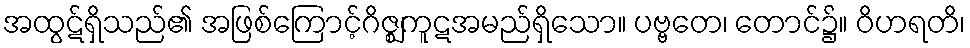
အထွဋ်ရှိသည်၏ အဖြစ်ကြောင့်ဂိဇ္ဈကူဋအမည်ရှိသော။ ပဗ္ဗတေ၊ တောင်၌။ ဝိဟရတိ၊